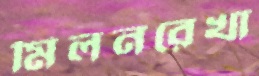
মিলনরেখা